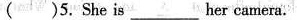
( )5. She is ___ her camera.